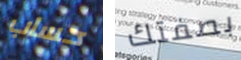
حساب بصفتك